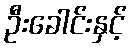
ဦးခေါင်းနှင့်